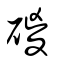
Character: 𥓻